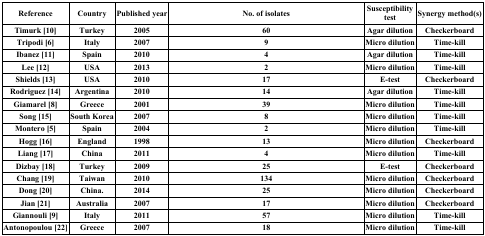
<table><thead><tr><td><b>Reference</b></td><td><b>Country</b></td><td><b>Published year</b></td><td><b>No. of isolates</b></td><td><b>Susceptibilitytest</b></td><td><b>Synergy method(s)</b></td></tr></thead><tbody><tr><td><b>Timurk [</b><b>10</b><b>]</b></td><td><b>Turkey</b></td><td><b>2005</b></td><td><b>60</b></td><td><b>Agar dilution</b></td><td><b>Checkerboard</b></td></tr><tr><td><b>Tripodi [</b><b>6</b><b>]</b></td><td><b>Italy</b></td><td><b>2007</b></td><td><b>9</b></td><td><b>Micro dilution</b></td><td><b>Time-kill</b></td></tr><tr><td><b>Ibanez [</b><b>11</b><b>]</b></td><td><b>Spain</b></td><td><b>2010</b></td><td><b>4</b></td><td><b>Agar dilution</b></td><td><b>Time-kill</b></td></tr><tr><td><b>Lee [</b><b>12</b><b>]</b></td><td><b>USA</b></td><td><b>2013</b></td><td><b>2</b></td><td><b>Micro dilution</b></td><td><b>Time-kill</b></td></tr><tr><td><b>Shields [</b><b>13</b><b>]</b></td><td><b>USA</b></td><td><b>2010</b></td><td><b>17</b></td><td><b>E-test</b></td><td><b>Checkerboard</b></td></tr><tr><td><b>Rodriguez [</b><b>14</b><b>]</b></td><td><b>Argentina</b></td><td><b>2010</b></td><td><b>14</b></td><td><b>Agar dilution</b></td><td><b>Time-kill</b></td></tr><tr><td><b>Giamarel [</b><b>8</b><b>]</b></td><td><b>Greece</b></td><td><b>2001</b></td><td><b>39</b></td><td><b>Micro dilution</b></td><td><b>Time-kill</b></td></tr><tr><td><b>Song [</b><b>15</b><b>]</b></td><td><b>South Korea</b></td><td><b>2007</b></td><td><b>8</b></td><td><b>Micro dilution</b></td><td><b>Time-kill</b></td></tr><tr><td><b>Montero [</b><b>5</b><b>]</b></td><td><b>Spain</b></td><td><b>2004</b></td><td><b>2</b></td><td><b>Micro dilution</b></td><td><b>Time-kill</b></td></tr><tr><td><b>Hogg [</b><b>16</b><b>]</b></td><td><b>England</b></td><td><b>1998</b></td><td><b>13</b></td><td><b>Micro dilution</b></td><td><b>Checkerboard</b></td></tr><tr><td><b>Liang [</b><b>17</b><b>]</b></td><td><b>China</b></td><td><b>2011</b></td><td><b>4</b></td><td><b>Micro dilution</b></td><td><b>Time-kill</b></td></tr><tr><td><b>Dizbay [</b><b>18</b><b>]</b></td><td><b>Turkey</b></td><td><b>2009</b></td><td><b>25</b></td><td><b>E-test</b></td><td><b>Checkerboard</b></td></tr><tr><td><b>Chang [</b><b>19</b><b>]</b></td><td><b>Taiwan</b></td><td><b>2010</b></td><td><b>134</b></td><td><b>Micro dilution</b></td><td><b>Checkerboard</b></td></tr><tr><td><b>Dong [</b><b>20</b><b>]</b></td><td><b>China.</b></td><td><b>2014</b></td><td><b>25</b></td><td><b>Micro dilution</b></td><td><b>Checkerboard</b></td></tr><tr><td><b>Jian [</b><b>21</b><b>]</b></td><td><b>Australia</b></td><td><b>2007</b></td><td><b>17</b></td><td><b>Micro dilution</b></td><td><b>Checkerboard</b></td></tr><tr><td><b>Giannouli [</b><b>9</b><b>]</b></td><td><b>Italy</b></td><td><b>2011</b></td><td><b>57</b></td><td><b>Micro dilution</b></td><td><b>Time-kill</b></td></tr><tr><td><b>Antonopoulou [</b><b>22</b><b>]</b></td><td><b>Greece</b></td><td><b>2007</b></td><td><b>18</b></td><td><b>Micro dilution</b></td><td><b>Time-kill</b></td></tr></tbody></table>